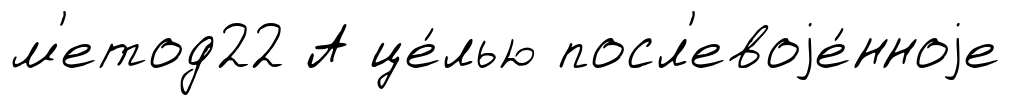
м'етод22 А це́лью посл'евоjе́нноjе